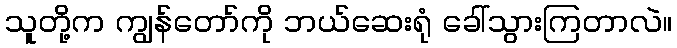
သူတို့က ကျွန်တော်ကို ဘယ်ဆေးရုံ ခေါ်သွားကြတာလဲ။